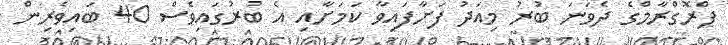
ޕްރޮގްރާމްގެ ދެވަނަ ބުރު މިއަދު ފަށާފައިވާ ކަމަށާއި އެ ބުރުގައިވެސް 40 ބައިވެރިން